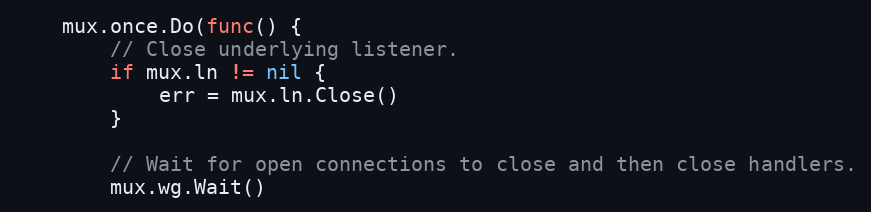
Language: Go
	mux.once.Do(func() {
		// Close underlying listener.
		if mux.ln != nil {
			err = mux.ln.Close()
		}

		// Wait for open connections to close and then close handlers.
		mux.wg.Wait()